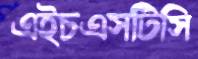
এইচএসটিসি